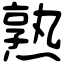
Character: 熟